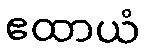
ဧထာယံ